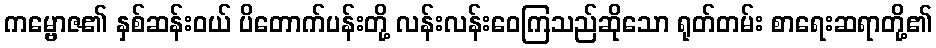
ကမ္ဗောဇ၏ နှစ်ဆန်းဝယ် ပိတောက်ပန်းတို့ လန်းလန်းဝေကြသည်ဆိုသော ရုတ်တမ်း စာရေးဆရာတို့၏